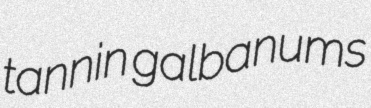
tannin galbanums